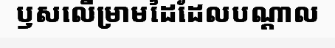
ឫសលើម្រាមដៃដែលបណ្តាល